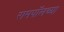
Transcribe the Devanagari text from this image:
रामपॉलच्या